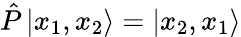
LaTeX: {\hat{P}}\left|x_{1},x_{2}\right\rangle=\left|x_{2},x_{1}\right\rangle